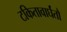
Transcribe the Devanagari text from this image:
टकितावार्घंतौ